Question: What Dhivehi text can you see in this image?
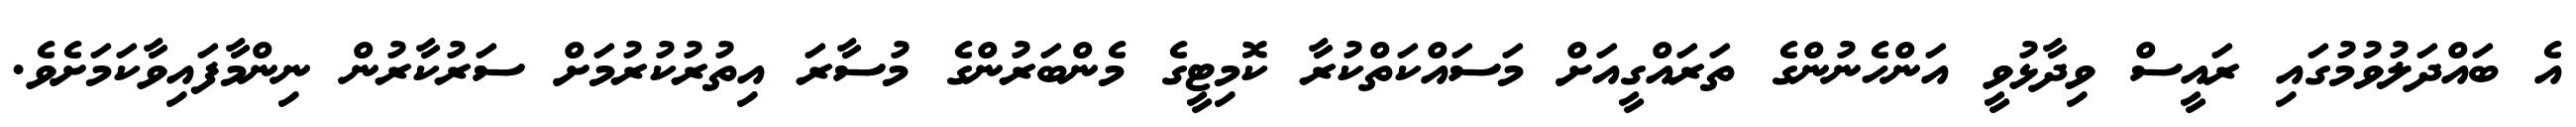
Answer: އެ ބައްދަލުވުމުގައި ރައީސް ވިދާޅުވީ އަންހެނުންގެ ތަރައްގީއަށް މަސައްކަތްކުރާ ކޮމިޓީގެ މެންބަރުންގެ މުސާރަ އިތުރުކުރުމަށް ސަރުކާރުން ނިންމާފައިވާކަމަށެވެ.